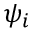
\psi _ { i }